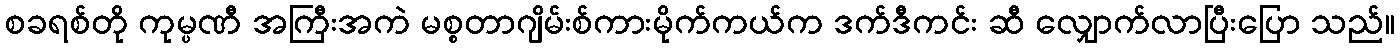
စခရစ်တို ကုမ္ပဏီ အကြီးအကဲ မစ္စတာဂျိမ်းစ်ကားမိုက်ကယ်က ဒက်ဒီကင်း ဆီ လျှောက်လာပြီးပြော သည်။